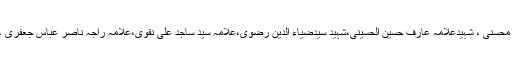
اس علاقہ میں تشریف لانے والے علمائے کرام میں آیت اللہ آصف محسنی ، شہیدعلامہ عارف حسین الحسینی،شہید سیدضیاء الدین رضوی،علامہ سید ساجد علی نقوی،علامہ راجہ ناصر عباس جعفری ، علامہ شیخ محسن علی نجفی اور علامہ امین شہیدی قابل ذکر ہیں۔